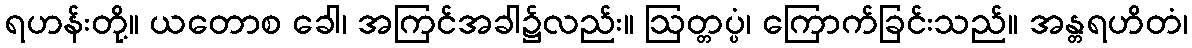
ရဟန်းတို့။ ယတောစ ခေါ၊ အကြင်အခါ၌လည်း။ ဩတ္တပ္ပံ၊ ကြောက်ခြင်းသည်။ အန္တရဟိတံ၊